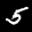
Label: 5